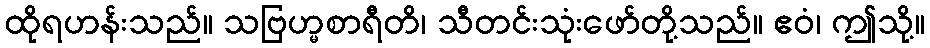
ထိုရဟန်းသည်။ သဗြဟ္မစာရီတိ၊ သီတင်းသုံးဖော်တို့သည်။ ဧဝံ၊ ဤသို့။